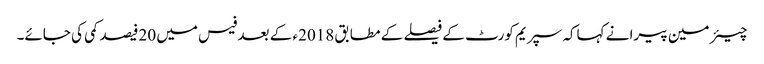
چیئر مین پیرا نے کہاکہ سپریم کورٹ کے فیصلے کے مطابق 2018ء کے بعد فیس میں 20فیصد کمی کی جائے۔